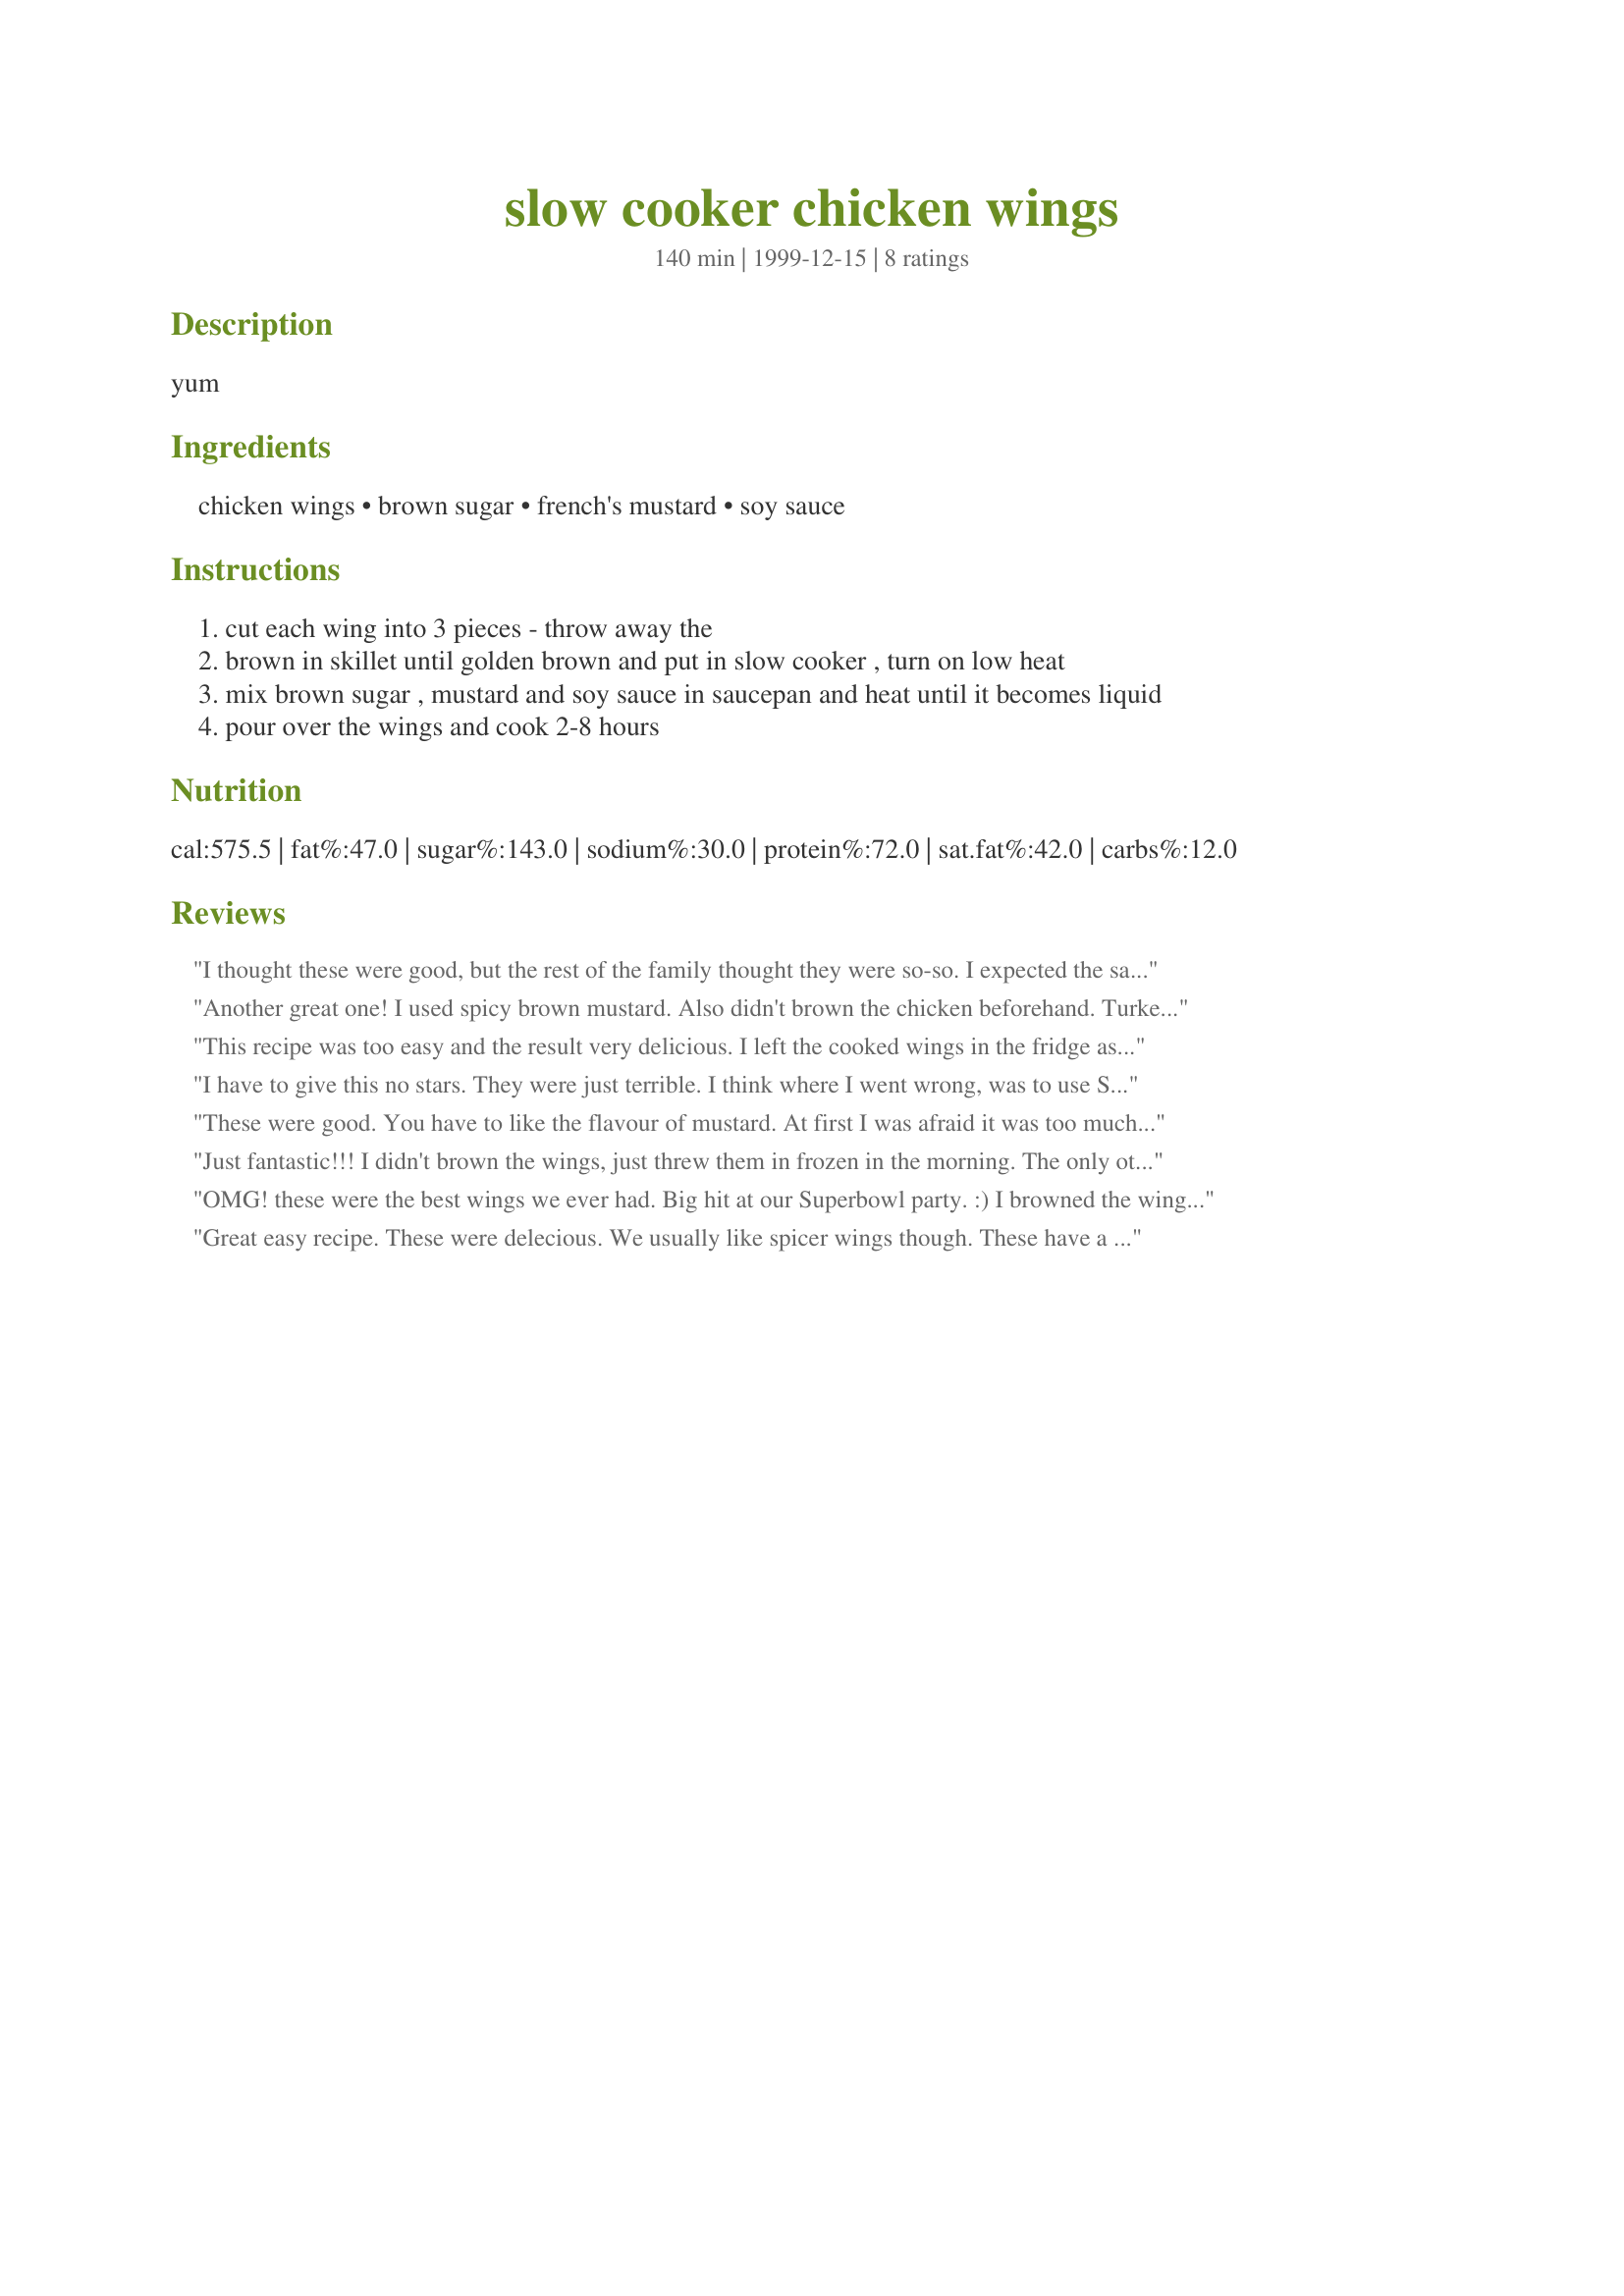
slow cooker chicken wings
Preparation time: 140 minutes

yum

Ingredients:
chicken wings, brown sugar, french's mustard, soy sauce

Steps:
cut each wing into 3 pieces - throw away the
brown in skillet until golden brown and put in slow cooker , turn on low heat
mix brown sugar , mustard and soy sauce in saucepan and heat until it becomes liquid
pour over the wings and cook 2-8 hours

Reviews:
I thought these were good, but the rest of the family thought they were so-so. I expected the sauce to be a little thicker than it was. When they were done I put them on a baking sheet and put them under the broiler for a few minutes to caramelize the sugar a little bit. That made them look more appetizing too than when I first took them out of the crock pot.
Another great one! I used spicy brown mustard. Also didn't brown the chicken beforehand. Turked out excellent. Thanks!
This recipe was too easy and the result very delicious. I left the cooked wings in the fridge as 'snacks' for my teenagers. They went very quickly.
I have to give this no stars. They were just terrible. I think where I went wrong, was to use Sugar Twin Brown Sugar. After rereading all the great reviews, I will have to make them again, using regular brown sugar. We like the flavor of mustard, but the wings tasted like sharp, tangy (in a bad way) mustard. I ended up throwing them away. I will write another review when I make them again, with real brown sugar.
These were good. You have to like the flavour of mustard. At first I was afraid it was too much mustard, but it was fine - it was a sweet mustard flavour. I did not pre-brown the wings (I never have time for that). I would make again. Super easy.
Just fantastic!!! I didn't brown the wings, just threw them in frozen in the morning. The only other changes I made was to half the amount of brown sugar and added 1/3 cup hot pepper jelly and a Tbsp of garlic. I will be making this again...Thanks!!!!!
OMG! these were the best wings we ever had. Big hit at our Superbowl party. :) I browned the wings in alittle olive oil and alittle margarine til they got a hard coating and seasoned them with seasoning salt and black pepper. Than added to the crockpot. In my sauce pan I added the brown sugar and soy sauce, I ran out of mustard so I used 1/2c mustard, alittle grape jelly and alittle Kraft Original BBQ sauce to make a cup. Poured that in the crockpot with wings and stirred them up real good and let simmer all day. GREAT WINGS!!! Thanks for sharing the recipe. We will have these again! :)
Great easy recipe. These were delecious. We usually like spicer wings though. These have a sweeter flavor to it. I will be making again.
